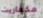
مكغاريت